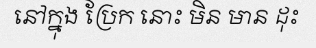
នៅក្នុង ប្រែក នោះ មិន មាន ដុះ